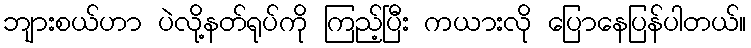
ဘျားစယ်ဟာ ပဲလို့နတ်ရုပ်ကို ကြည့်ပြီး ကယားလို ပြောနေပြန်ပါတယ်။